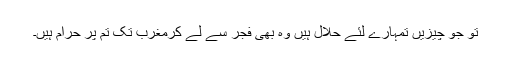
تو جو چیزیں تمہارے لئے حلال ہیں وہ بھی فجر سے لے کرمغرب تک تم پر حرام ہیں۔